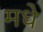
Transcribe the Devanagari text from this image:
मधे